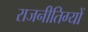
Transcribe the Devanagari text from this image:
राजनीतिग्यों